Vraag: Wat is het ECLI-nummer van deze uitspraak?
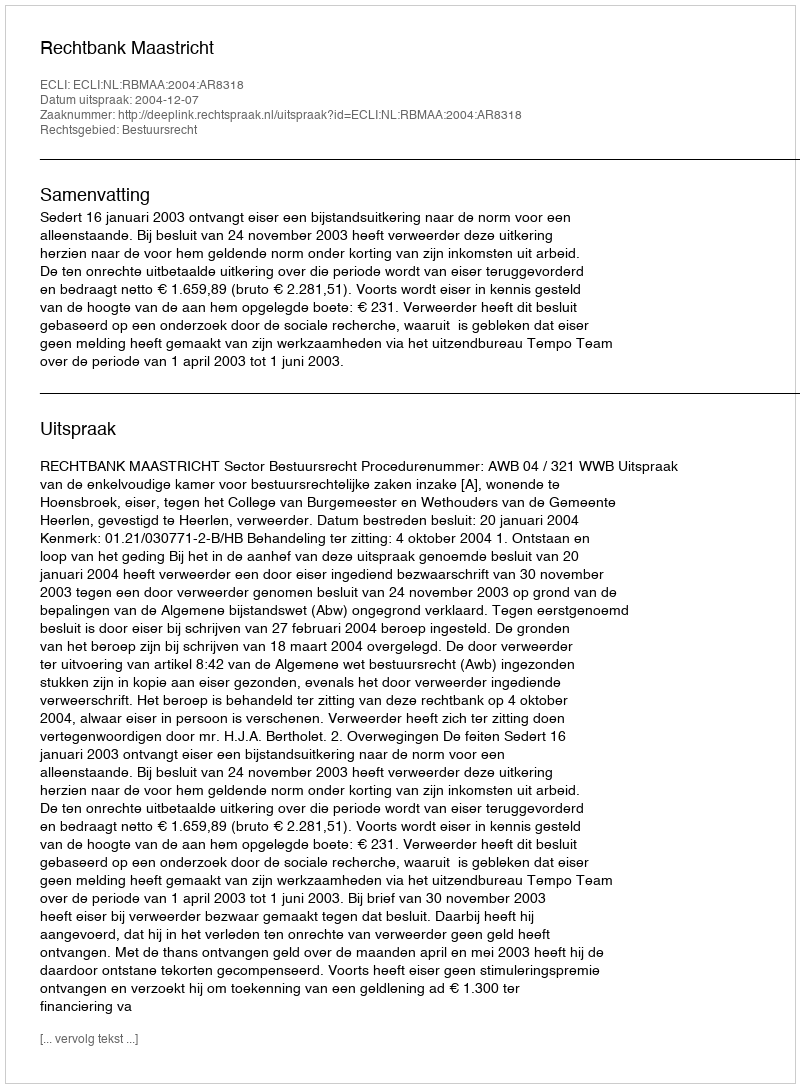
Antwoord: ECLI:NL:RBMAA:2004:AR8318